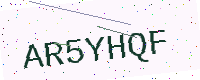
Text: AR5YHQF